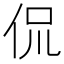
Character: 侃